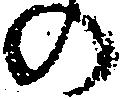
の